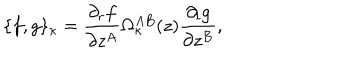
\{ f , g \} _ { \kappa } = \frac { \partial _ { r } f } { \partial z ^ { A } } \Omega _ { \kappa } ^ { A B } ( z ) \frac { \partial _ { l } g } { \partial z ^ { B } } ,